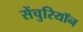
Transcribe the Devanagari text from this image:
सेंचुरियॉन